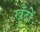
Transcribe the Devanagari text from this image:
खूँटों